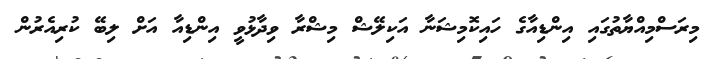
މިރަސްމިއްޔާތުގައި އިންޑިއާގެ ހައިކޮމިޝަނާ އަކިލޭޝް މިޝްރާ ވިދާޅުވީ އިންޑިއާ އަށް ލިބޭ ކުރިއެރުން